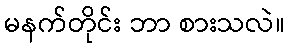
မနက်တိုင်း ဘာ စားသလဲ။